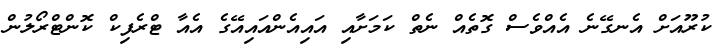
ކުރޫއަށް އެނގޭނެ އެއްވެސް ގޮތެއް ނެތް ކަމަށާއި އައިއެންއައިއޭގެ އެއާ ޓްރެފިކް ކޮންޓްރޯލުން